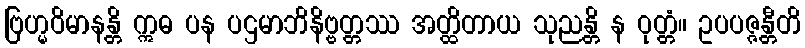
ဗြဟ္မဝိမာနန္တိ ဣဓ ပန ပဌမာဘိနိဗ္ဗတ္တဿ အတ္ထိတာယ သုညန္တိ န ဝုတ္တံ။ ဥပပဇ္ဇန္တီတိ